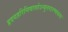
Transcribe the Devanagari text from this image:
हृदयहरिनिवासोऽप्युत्तरारण्यवासः